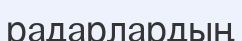
радарлардың